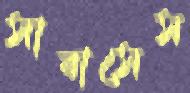
সাবাসেস